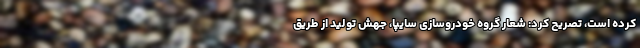
کرده است، تصریح کرد: شعار گروه خودروسازی سایپا، جهش تولید از طریق